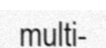
multi-